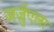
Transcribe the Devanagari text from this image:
जर्ज़ुएला